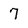
Character: 7